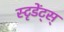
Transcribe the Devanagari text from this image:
स्टृडेंट्स्